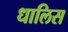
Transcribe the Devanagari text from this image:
धालिस